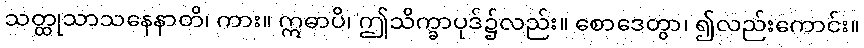
သတ္ထုသာသနေနာတိ၊ ကား။ ဣဓာပိ၊ ဤသိက္ခာပုဒ်၌လည်း။ စောဒေတွာ၊ ၍လည်းကောင်း။